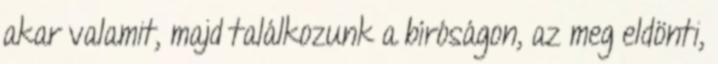
akar valamit, majd találkozunk a bíróságon, az meg eldönti,